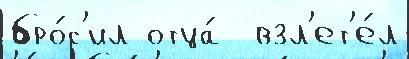
бро́с'ил отца́  взл'ет'е́л